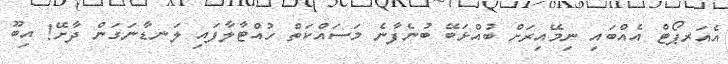
އެއަރޕޯޓް އެއްބައި ނިމޭއިރަށް ބުއްޅަބޭ ބުނެފާނެ މަސައްކަތް ހުއްޓާލާފައި ލަނޑާނަގަން ދާށޭ! އިބޫ